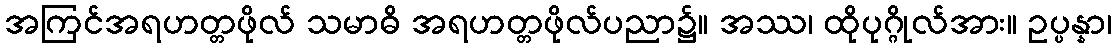
အကြင်အရဟတ္တဖိုလ် သမာဓိ အရဟတ္တဖိုလ်ပညာ၌။ အဿ၊ ထိုပုဂ္ဂိုလ်အား။ ဥပ္ပန္နာ၊